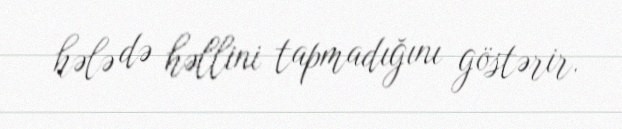
hələ də həllini tapmadığını göstərir.